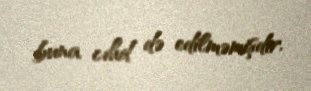
buna cıhd də edilməmişdir.